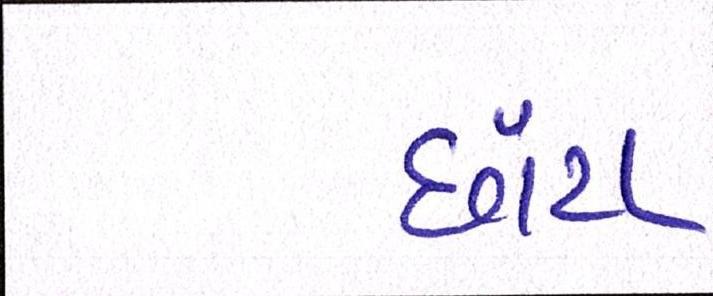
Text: છાંટા